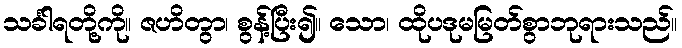
သင်္ခါရတို့ကို။ ဇဟိတွာ၊ စွန့်ပြီး၍။ သော၊ ထိုပဒုမမြတ်စွာဘုရားသည်။